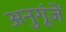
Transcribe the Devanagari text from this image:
अनुगूंजें